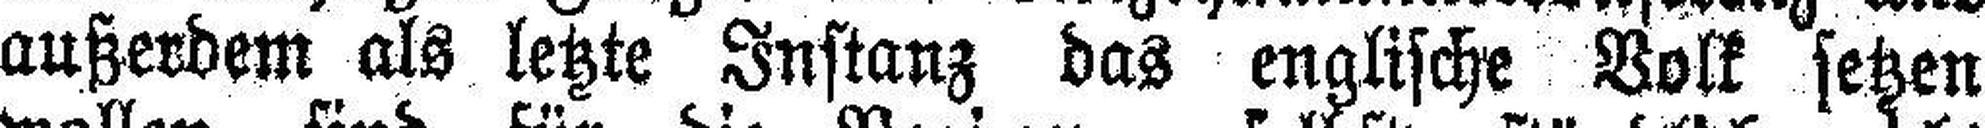
außerdem als letzte Instanz das englische Volk setzen